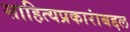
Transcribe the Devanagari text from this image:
साहित्यप्रकारांबद्दल